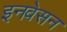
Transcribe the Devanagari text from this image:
इनवेसन